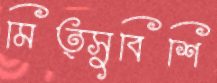
মিত্সুবিশি